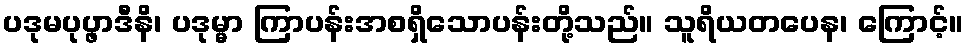
ပဒုမပုပ္ဖာဒီနိ၊ ပဒုမ္မာ ကြာပန်းအစရှိသောပန်းတို့သည်။ သူရိယတပေန၊ ကြောင့်။